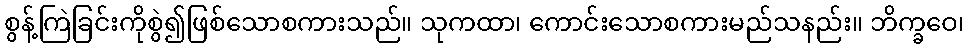
စွန့်ကြဲခြင်းကိုစွဲ၍ဖြစ်သောစကားသည်။ သုကထာ၊ ကောင်းသောစကားမည်သနည်း။ ဘိက္ခဝေ၊